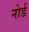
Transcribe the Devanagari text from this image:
नोर्ड